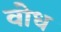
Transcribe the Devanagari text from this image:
वोध